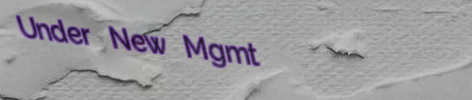
Under New Mgmt